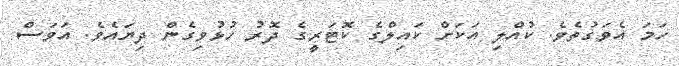
ހަމަ އެވަގުތެވެ. ކުއްލި އަކަށް ކައިލްގެ ކޮޓަރީގެ ދޮރު ހުޅުވިގެން ދިޔައެވެ. އަވަސް